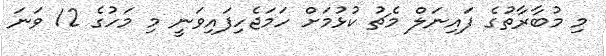
މި މުބާރާތުގެ ފައިނަލް މެޗު ކުޅުމަށް ހަމަޖެހިފައިވަނީ މި މަހުގެ 12 ވަނަ